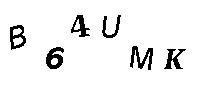
B64UMK